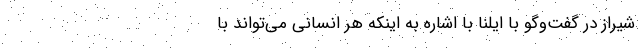
شیراز در گفت‌وگو با ایلنا با اشاره به اینکه هر انسانی می‌تواند با